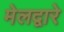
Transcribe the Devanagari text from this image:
मेलद्वारे